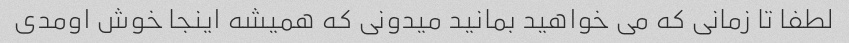
لطفا تا زمانی که می خواهید بمانید میدونی که همیشه اینجا خوش اومدی